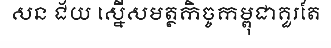
សន ជ័យ ស្នើសមត្ថកិច្ចកម្ពុជាគួរតែ